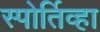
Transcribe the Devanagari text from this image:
स्पोर्तिव्हा